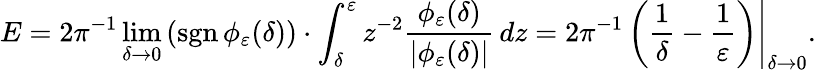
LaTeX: E=2\pi^{-1}\operatorname*{lim}_{\delta\to 0}\left(\operatorname{sgn}\phi_{\varepsilon}(\delta)\right)\cdot\int_{\delta}^{\varepsilon}z^{-2}\frac{\phi_{\varepsilon}(\delta)}{|\phi_{\varepsilon}(\delta)|}\mathop{}\! {d{z}}=\left.2\pi^{-1}\left(\frac{1}{\delta}-\frac{1}{\varepsilon}\right)\right|_{\delta\to 0}.